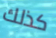
كذلك